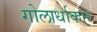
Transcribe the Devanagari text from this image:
गोलार्धाकार